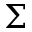
\Sigma